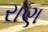
રાણ